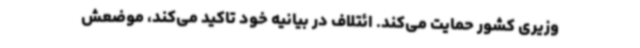
‌وزیری کشور حمایت می‌کند. ائتلاف در بیانیه خود تاکید می‌کند، موضعش